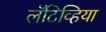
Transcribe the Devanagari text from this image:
लॅटिव्हिया